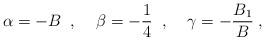
LaTeX: \begin{align*}\alpha=-B\;\;,\;\;\;\;\beta=-\frac{1}{4}\;\;,\;\;\;\;\gamma=-\frac{B_1}{B}\;,\end{align*}